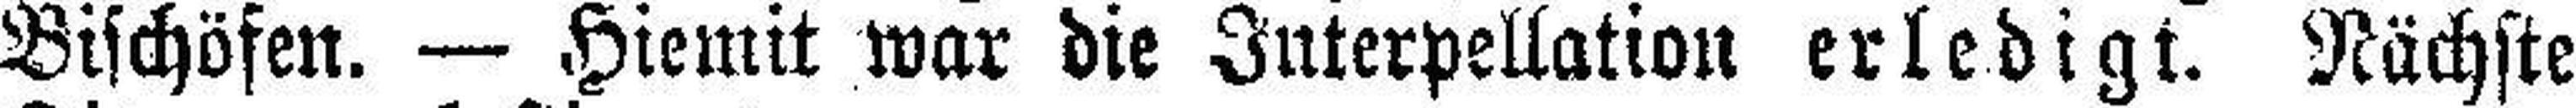
Bischöfen. — Hiemit war die Interpellation erledigt. Nächste